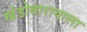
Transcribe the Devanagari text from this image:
खंडोबारायाला